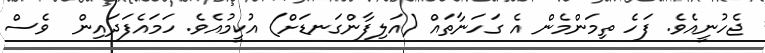
ޖެހުނީއެވެ. ފަހެ ތިމަންމެން އެ ގަހަނާތައް (އަލިފާންގަނޑަށް) އުކީމުއެވެ. ހަމައެފަދައިން  ވެސް